Leningradi_Edasi_toimetus, lk 76
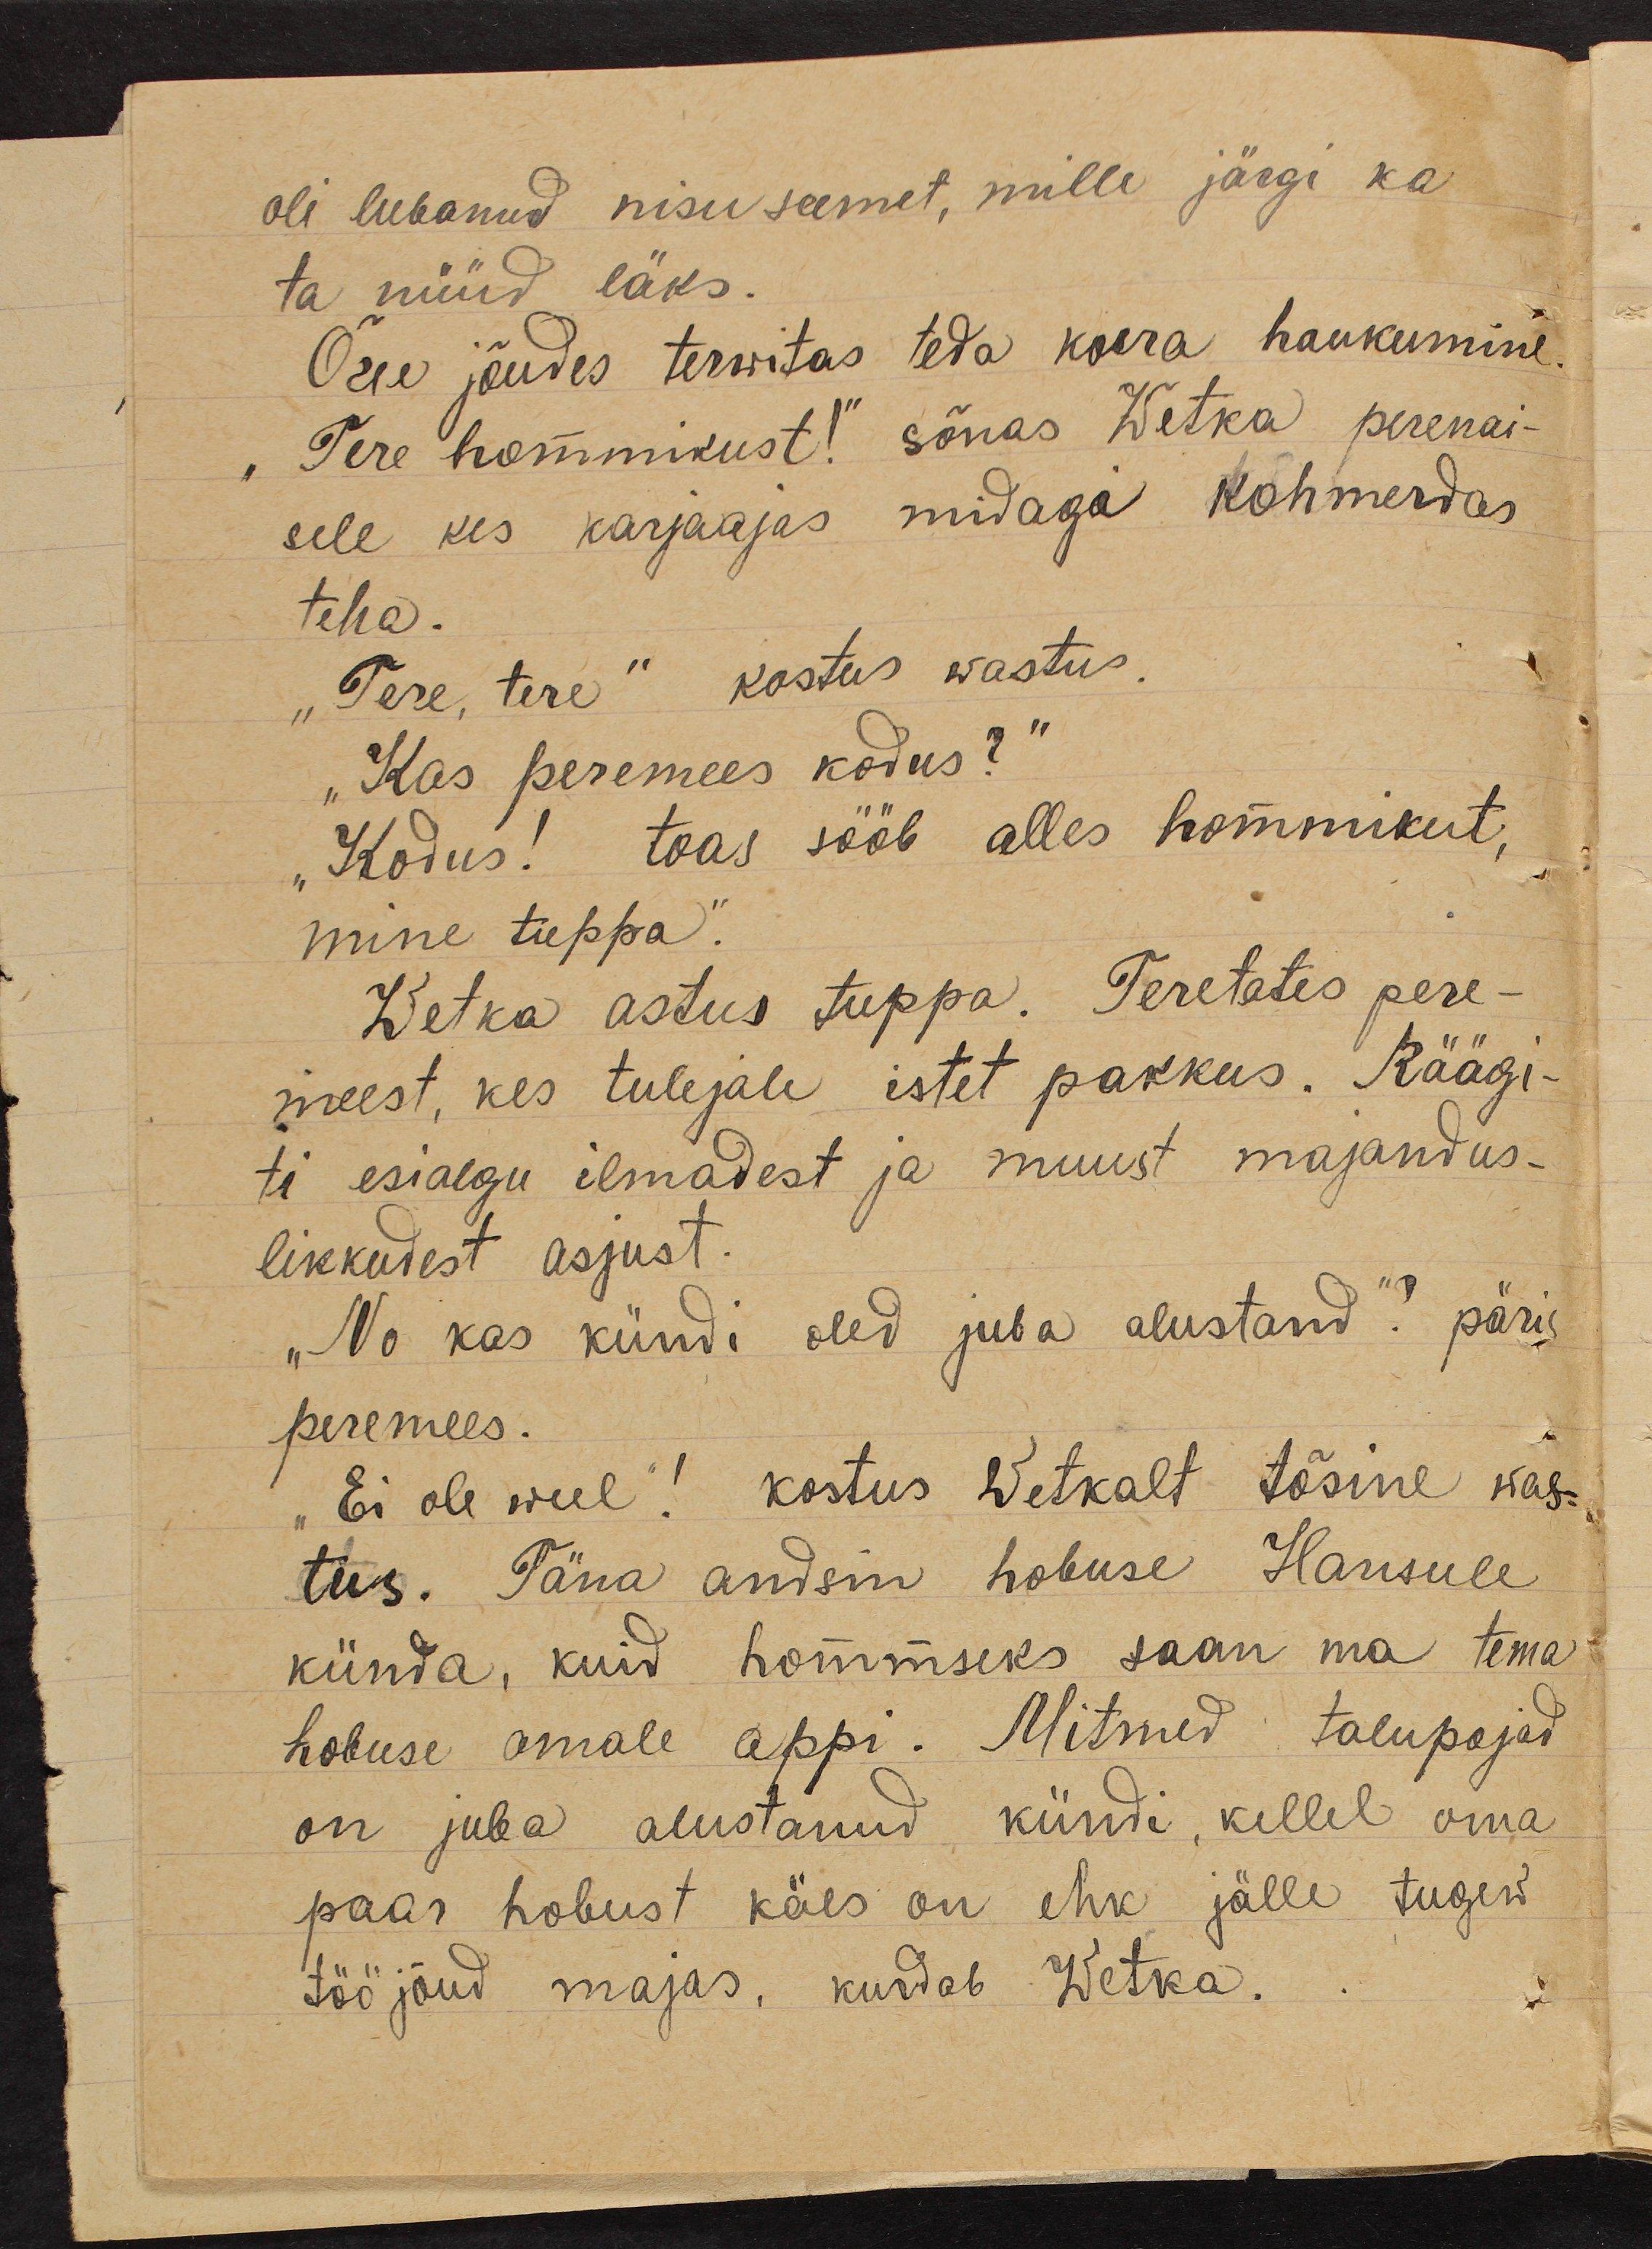
oli lubanud nisu seemet, mille järgi ka
ta nüüd läks.
Õue jõudes terwitas teda koera haukumine.
"Tere hommikust!" sõnas Wetka perenai-
sele kes karjaajas midagi kohmerdas
teha.
"Tere, tere" kostus wastus.
"Kas peremees kodus?"
„Kodus! toas sööb alles hommikut,
mine tuppa."
Wetka astus tuppa. Teretates pere-
meest, kes tulejale istet pakkus. Räägi-
ti esialgu ilmadest ja muust majandus-
likkudest asjust.
"No kas kündi oled juba alustand"? päris
peremees.
„Ei ole weel"! kostus Wetkalt tõsine was-
tus. Täna andsin hobuse Hansule
künda, kuid hommseks saan ma tema
hobuse omale appi. Mitmed talupojad
on juba alustanud kündi, kellel oma
paar hobust käes on ehk jälle tugew
tööjõud majas, kurdab Wetka.